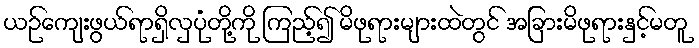
ယဉ်ကျေးဖွယ်ရာရှိလှပုံတို့ကို ကြည့်၍ မိဖုရားများထဲတွင် အခြားမိဖုရားနှင့်မတူ